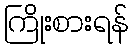
ကြိုးစားရန်